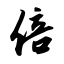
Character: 倍